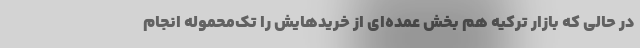
در حالی که بازار ترکیه هم بخش عمده‌ای از خریدهایش را تک‌محموله انجام